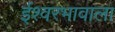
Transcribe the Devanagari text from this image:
ईश्‍वरभावाला